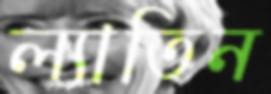
ল্যাতিন